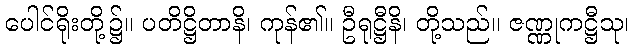
ပေါင်ရိုးတို့၌။ ပတိဋ္ဌိတာနိ၊ ကုန်၏။ ဦရုဋ္ဌီနိ၊ တို့သည်။ ဇဏ္ဏုကဋ္ဌီသု၊